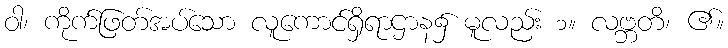
ဝါ၊ ကိုက်ဖြတ်အပ်သော လူကောင်ရှိရာဌာန၌ မူလည်း ၁။ လဗ္ဘတိ၊ ၏။